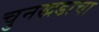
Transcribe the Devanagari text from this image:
चुनखडाचा